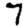
Digit: 7